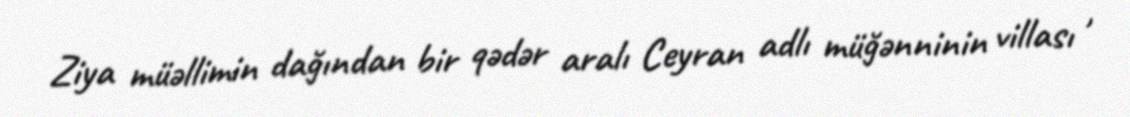
Ziya müəllimin dağından bir qədər aralı Ceyran adlı müğənninin villası ,